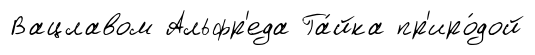
Вацлавом Альфр'еда Га́йка пр'иро́дой